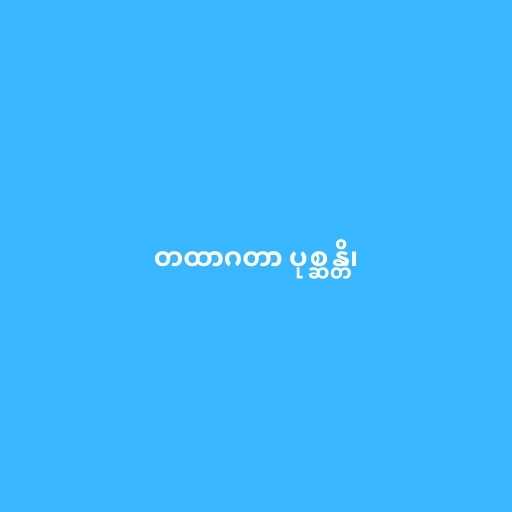
တထာဂတာ ပုစ္ဆန္တိ၊